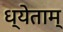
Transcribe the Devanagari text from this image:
ध्येताम्